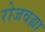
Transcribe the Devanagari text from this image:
रोजवह्या